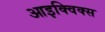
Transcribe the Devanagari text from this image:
आइक्विक्स